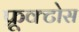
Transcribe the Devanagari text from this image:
फ्रूक्टोस